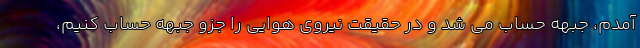
آمدم، جبهه حساب می شد و در حقیقت نیروی هوایی را جزو جبهه حساب کنیم،